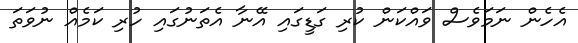
އެހެން ނަމަވެސް ވައްކަން ކުރި ގަޑީގައި އޭނާ އެތަނުގައި ހުރި ކަމެއް ނުވަތަ